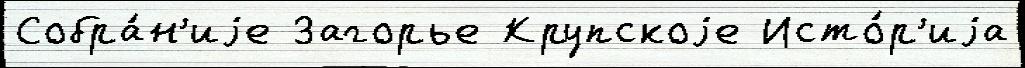
Собра́н'иjе Загорье Крупскоjе Исто́р'иjа